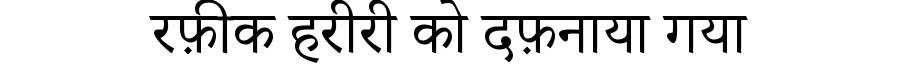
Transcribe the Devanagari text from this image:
रफ़ीक हरीरी को दफ़नाया गया